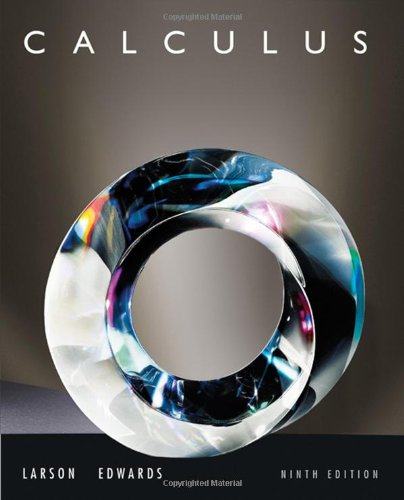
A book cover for Calculus; Ron Larson; Science & Math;